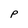
Character: P